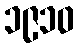
၁၉၁၀